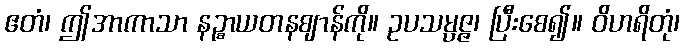
ဧတံ၊ ဤအာကာသာ နဉ္စာယတနဈာန်ကို။ ဥပသမ္ပဇ္ဇ၊ ပြီးစေ၍။ ဝိဟရိတုံ၊